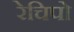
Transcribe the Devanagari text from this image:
रेचिपो